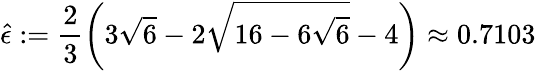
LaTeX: \hat{\epsilon}:=\frac{2}{3}\left(3\sqrt{6}-2\sqrt{16-6\sqrt{6}}-4\right)\approx 0.7103